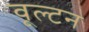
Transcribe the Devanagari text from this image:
वूल्टन